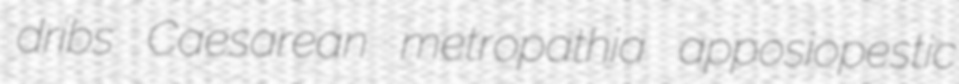
dribs Caesarean metropathia apposiopestic